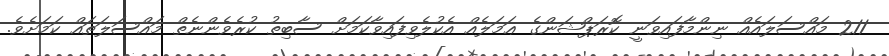
211 މައްސަލައެއް ނިންމާފައިވަނީ ކޮރަޕްޝަންގެ ޢަމަލެއް އެކުލެވިފައިވާކަމަށް ސާބިތު ކުރެވެންނެތް މައްސަލަތައް ކަމަށެވެ.